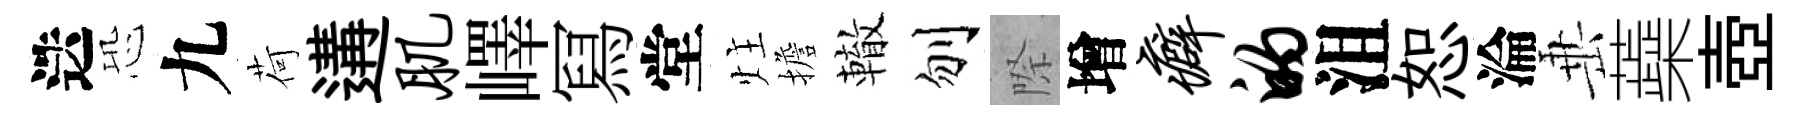
迭恐九荷遘肌嶧冩堂炷擔轍刎際增癖的沮恕淪𡸁蘃壺